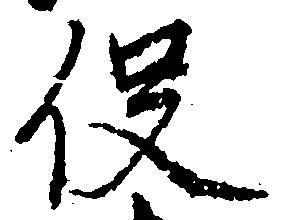
役